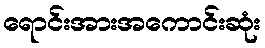
ရောင်းအားအကောင်းဆုံး